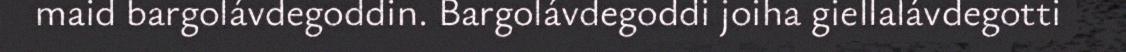
maid bargolávdegoddin. Bargolávdegoddi joiha giellalávdegotti